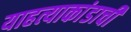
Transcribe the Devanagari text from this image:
याहत्याकांडाची